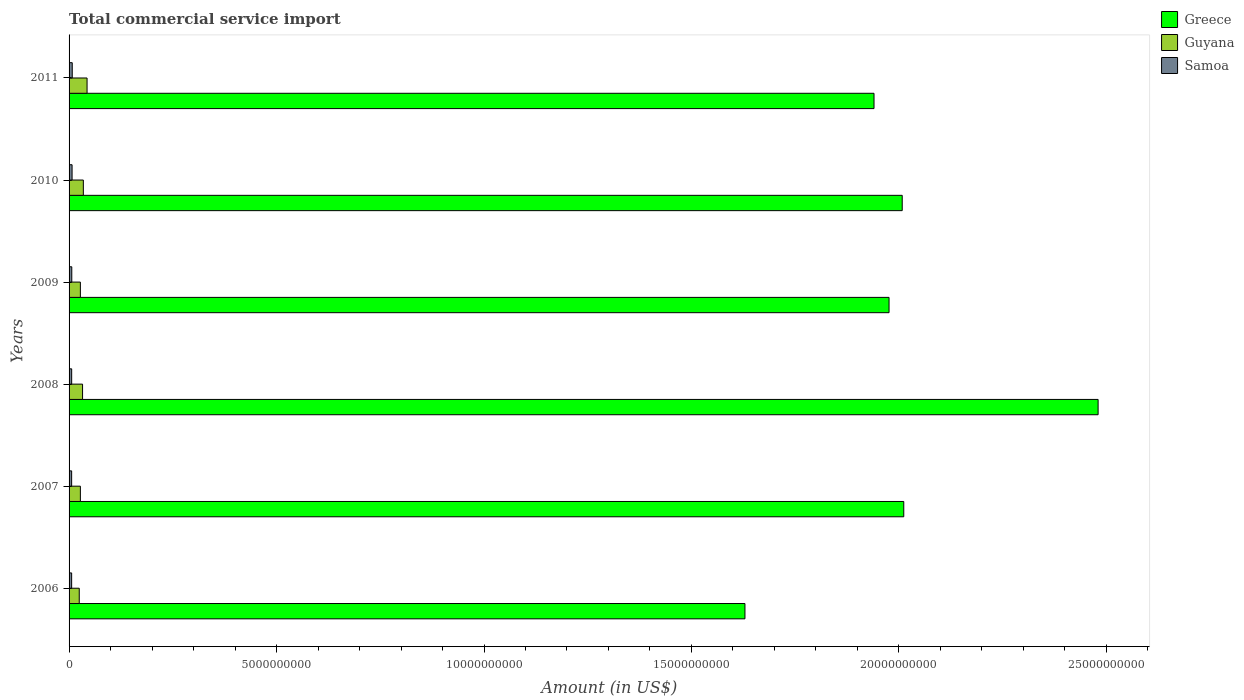
| Years | Greece | Guyana | Samoa |
 | --- | --- | --- | --- |
 | 2006 | 1.63e+10 | 2.45e+08 | 6.19e+07 |
 | 2007 | 2.01e+10 | 2.73e+08 | 6.21e+07 |
 | 2008 | 2.48e+10 | 3.25e+08 | 6.28e+07 |
 | 2009 | 1.98e+10 | 2.72e+08 | 6.55e+07 |
 | 2010 | 2.01e+10 | 3.44e+08 | 7.26e+07 |
 | 2011 | 1.94e+10 | 4.34e+08 | 7.65e+07 |